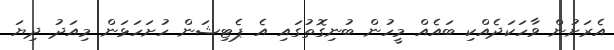
އެރަށުން ވާހަކަދެއްކި ބައެއް މީހުން ބުނިގޮތުގައި އެ ޕެޓިޝަން ހުށަހަޅަން މިއަދު ދިޔަ